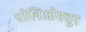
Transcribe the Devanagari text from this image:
पोलिओमधून